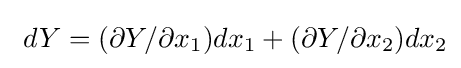
\ dY=(\partial Y/\partial x_{1})dx_{1}+(\partial Y/\partial x_{2})dx_{2}